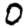
Digit: 0